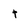
Character: t